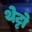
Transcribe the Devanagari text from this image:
थेट्टो